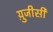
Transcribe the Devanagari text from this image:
यु़जीसी